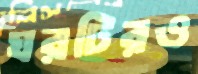
ঘরটিরও